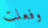
وفعلت